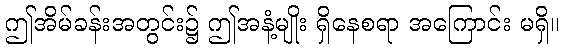
ဤအိမ်ခန်းအတွင်း၌ ဤအနံ့မျိုး ရှိနေစရာ အကြောင်း မရှိ။